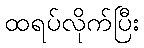
ထရပ်လိုက်ပြီး